65_HS1-834228961_62-HQ-83894_Section_2
Agency: FBI
Page 69
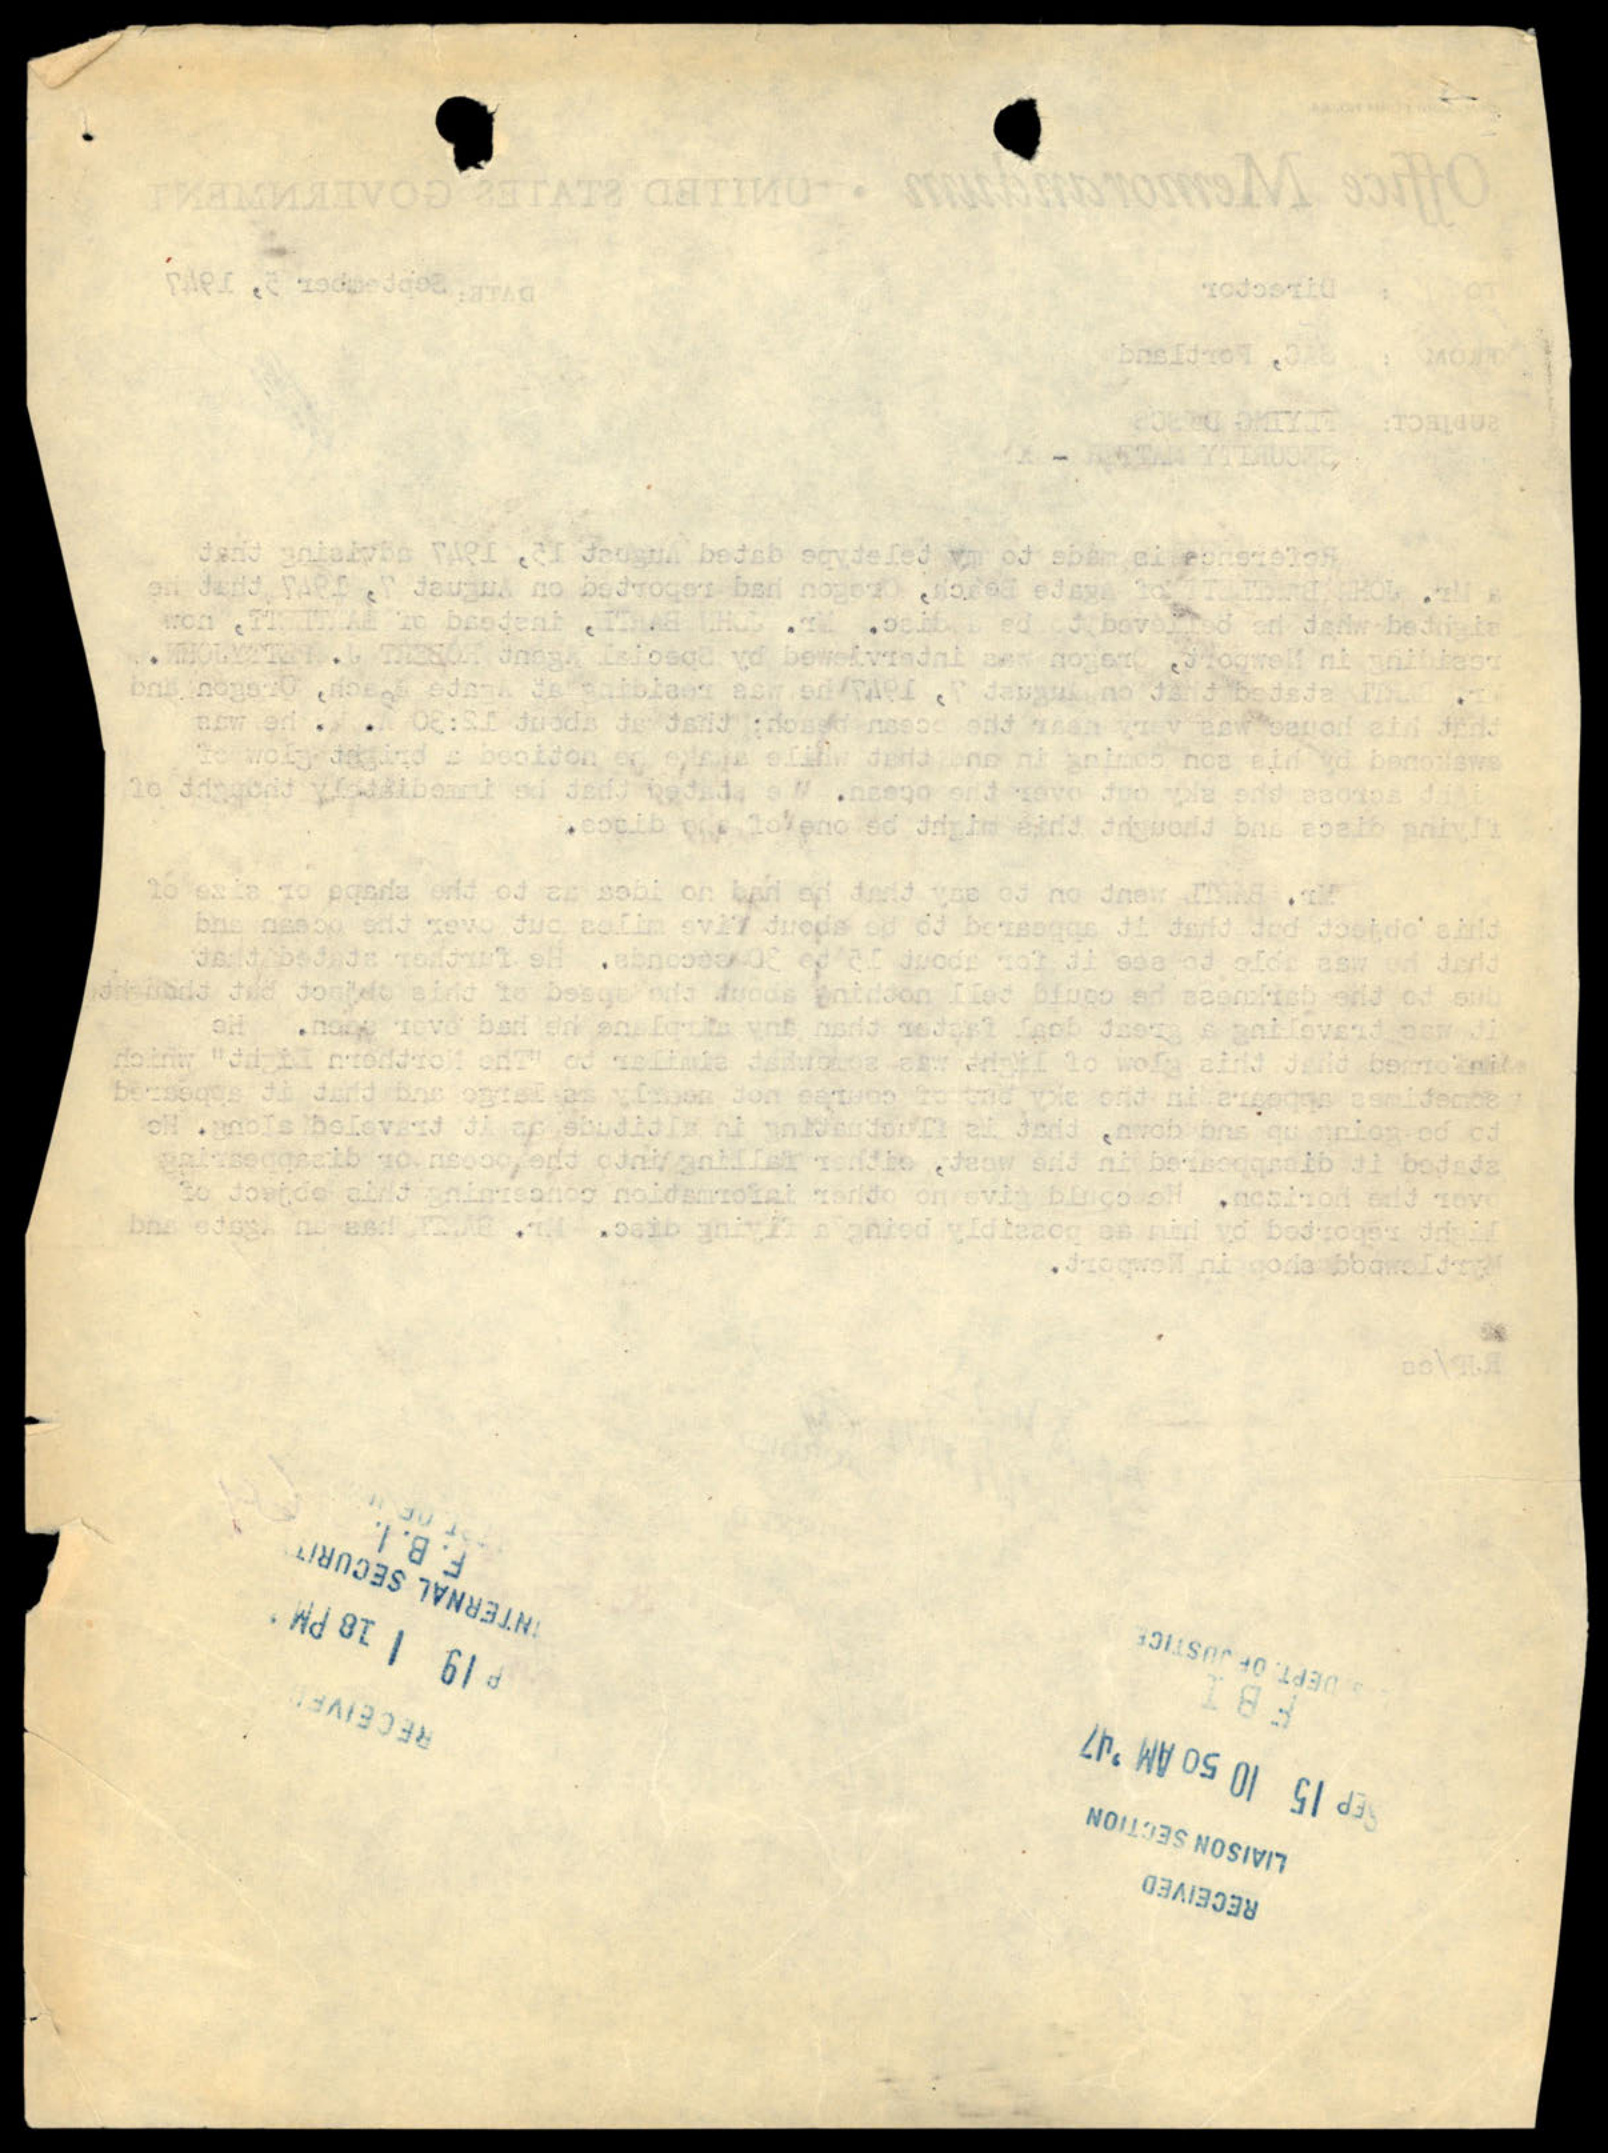